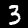
Label: 3